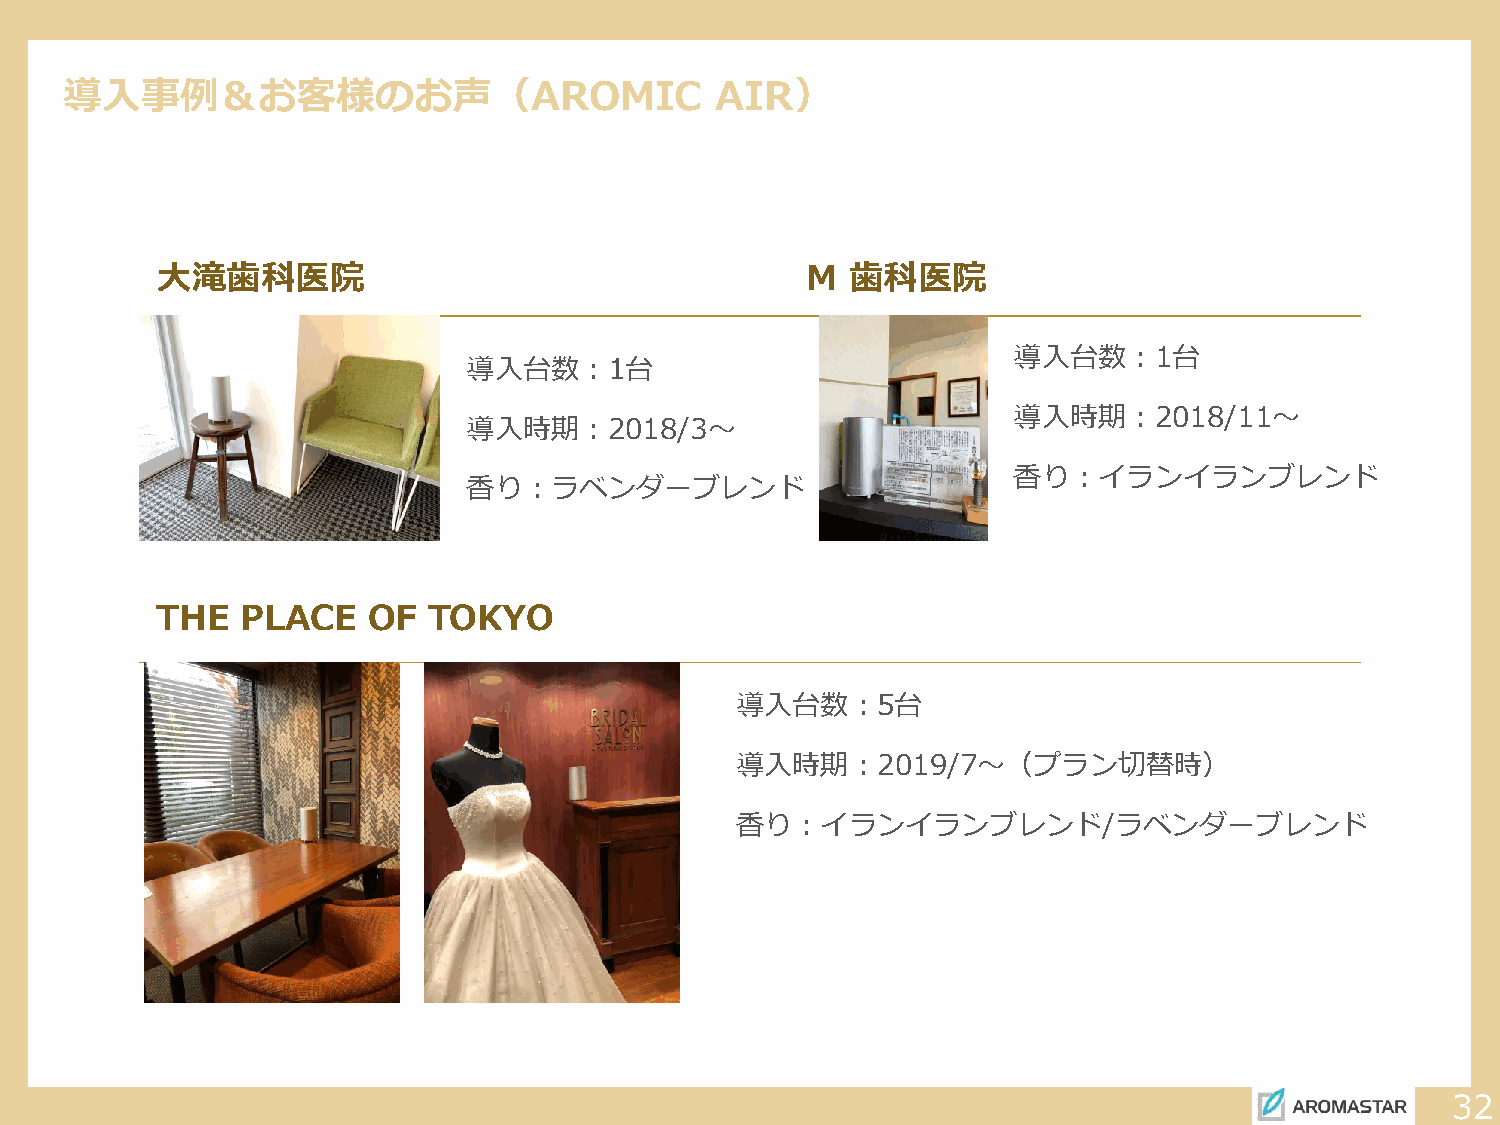
導入事例＆お客様のお声（AROMIC                         AIR）
 大滝歯科医院                                     M  歯科医院
 導入台数：1台
 導入台数：1台
 導入時期：2018/11～
 導入時期：2018/3～
 香り：イランイランブレンド
 香り：ラベンダーブレンド
 THE   PLACE   OF  TOKYO
 導入台数：5台
 導入時期：2019/7～（プラン切替時）
 香り：イランイランブレンド/ラベンダーブレンド
 32